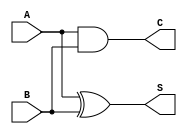
// Nada disso que esta comentado era para estar aqui. Mudar para a ULA!
module meio_somador (S, C, A, B);

output S, C;
input  A, B;

assign S = A ^ B;
assign C = A & B;

endmodule

module SOMADOR (Soma, Cout, A, B, Cin);

output Soma, Cout;
input  A, B, Cin;
wire Carry_1, Carry_2, Soma_1;

meio_somador U1 (Soma_1, Carry_1, A, B);
meio_somador U2 (Soma, Carry_2, Cin, Soma_1);
or           U3 (Cout, Carry_1, Carry_2);

endmodule


module ripple_carry_adder (Soma, Cout, A, B, Cin);

output [31:0]Soma;
output Cout;
input  [31:0]A;
input  [31:0]B;
input  Cin;
wire C0, C1, C3 , C4, C5, C6, C7, C8, C9, C10, C11, C12, C13, C14, C15, C16;
wire C17, C18 , C19, C20, C21, C22, C23, C24, C25, C26, C27, C28, C29, C30, C31;

SOMADOR U0 (Soma[0], C0,   A[0], B[0], Cin);
SOMADOR U1 (Soma[1], C1,   A[1], B[1], C0);
SOMADOR U2 (Soma[2], C2,   A[2], B[2], C1);
SOMADOR U3 (Soma[3], C3,   A[3], B[3], C2);

SOMADOR U4 (Soma[4], C4,   A[4], B[4], C3);
SOMADOR U5 (Soma[5], C5,   A[5], B[5], C4);
SOMADOR U6 (Soma[6], C6,   A[6], B[6], C1);
SOMADOR U7 (Soma[7], C7,   A[7], B[7], C2);

SOMADOR U8 (Soma[8], C8,   A[8], B[8], Cin);
SOMADOR U9 (Soma[9], C9,   A[9], B[9], C0);
SOMADOR U10 (Soma[10], C10,   A[10], B[10], C1);
SOMADOR U11 (Soma[11], C11, A[11], B[11], C2);

SOMADOR U12 (Soma[12], C12,   A[12], B[12], Cin);
SOMADOR U13 (Soma[13], C13,   A[13], B[13], C0);
SOMADOR U14 (Soma[14], C14,   A[14], B[14], C1);
SOMADOR U15 (Soma[15], C15,   A[15], B[15], C2);

SOMADOR U16 (Soma[16], C16,   A[16], B[16], Cin);
SOMADOR U17 (Soma[17], C17,   A[17], B[17], C0);
SOMADOR U18 (Soma[18], C18,   A[18], B[18], C1);
SOMADOR U19 (Soma[19], C19, A[19], B[19], C2);

SOMADOR U20 (Soma[20], C20,   A[20], B[20], Cin);
SOMADOR U21 (Soma[21], C21,   A[21], B[21], C0);
SOMADOR U22 (Soma[22], C22,   A[22], B[22], C1);
SOMADOR U23 (Soma[23], C23, A[23], B[23], C2);

SOMADOR U24 (Soma[24], C24,   A[24], B[24], Cin);
SOMADOR U25 (Soma[25], C25,   A[25], B[25], C0);
SOMADOR U26 (Soma[26], C26,   A[26], B[26], C1);
SOMADOR U27 (Soma[27], C27,    A[27], B[27], C2);

SOMADOR U28 (Soma[28], C28,   A[28], B[28], Cin);
SOMADOR U29 (Soma[29], C29,   A[29], B[29], C0);
SOMADOR U30 (Soma[30], C30,   A[30], B[30], C1);
SOMADOR U31 (Soma[31], Cout,   A[31], B[31], C2);


endmodule